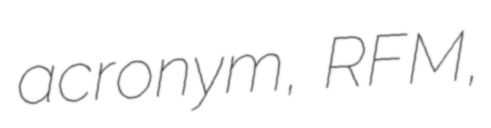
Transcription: acronym, RFM,